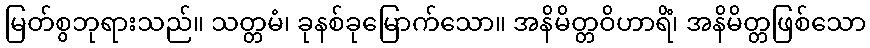
မြတ်စွဘုရားသည်။ သတ္တမံ၊ ခုနစ်ခုမြောက်သော။ အနိမိတ္တဝိဟာရိံ၊ အနိမိတ္တဖြစ်သော